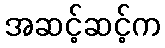
အဆင့်ဆင့်က